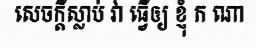
សេចក្តីស្លាប់ វា ធ្វើឲ្យ ខ្ញុំ ក ណា